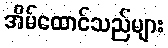
အိမ်ထောင်သည်များ